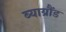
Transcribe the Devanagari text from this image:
ब्याग्रौंड